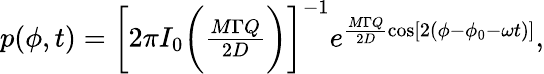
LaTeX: \begin{array}{r}{p(\phi,t)=\bigg[2\pi I_{0}\bigg(\frac{M\Gamma Q}{2D}\bigg)\bigg]^{-1}e^{\frac{M\Gamma Q}{2D}\cos[2(\phi-\phi_{0}-\omega t)]},}\end{array}